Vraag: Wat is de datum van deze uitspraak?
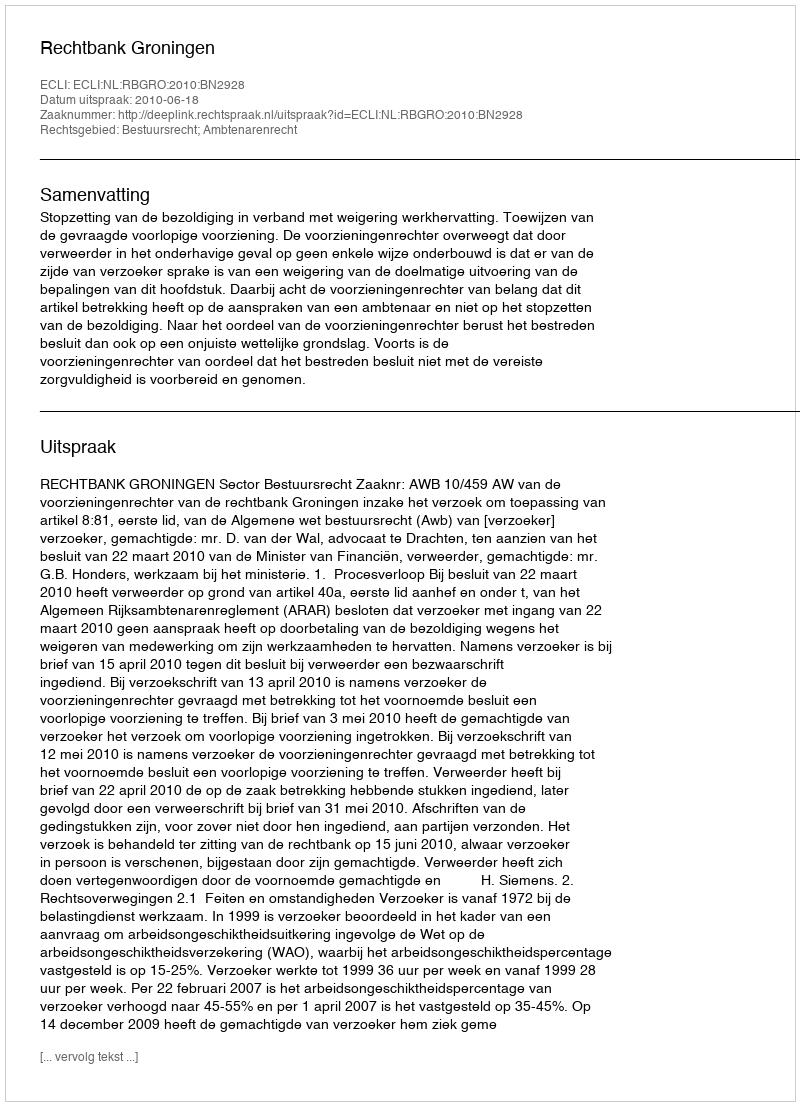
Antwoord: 2010-06-18